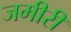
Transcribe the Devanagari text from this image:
जमीरी